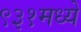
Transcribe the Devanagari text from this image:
९३१मध्ये